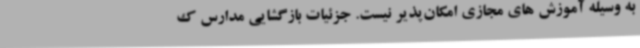
به وسیله آموزش های مجازی امکان‌پذیر نیست. جزئیات بازگشایی مدارس ک